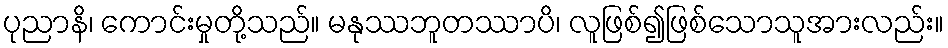
ပုညာနိ၊ ကောင်းမှုတို့သည်။ မနုဿဘူတဿာပိ၊ လူဖြစ်၍ဖြစ်သောသူအားလည်း။